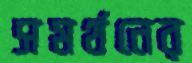
সমর্থনের